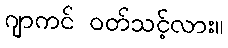
ဂျာကင် ဝတ်သင့်လား။